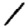
Digit: 1